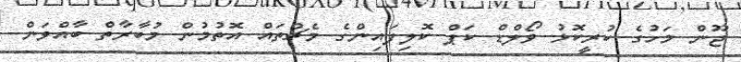
ޖޫން މަހުގެ ކުރީކޮޅު ވޯލްޑް ކަޕް ކޮލިފައިންގެ މެޗުތައް އޮތުމުން މުބާރާތް ބާއްވަން